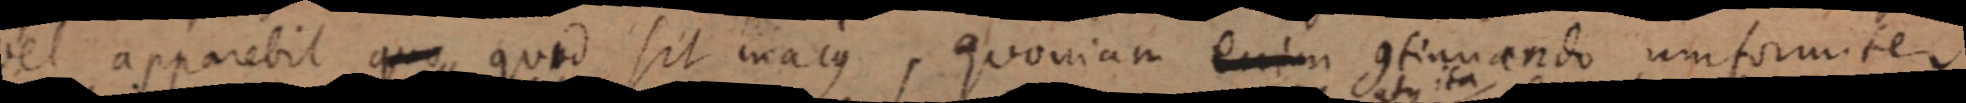
vel apparebit quo quod sit majus, quoniam enim continuando uniformiter